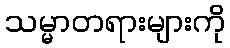
သမ္မာတရားများကို